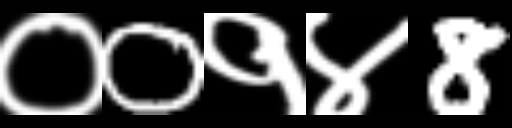
Text: ०0१४8